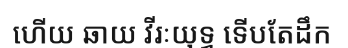
ហើយ ឆាយ វីរៈយុទ្ធ ទើបតែដឹក